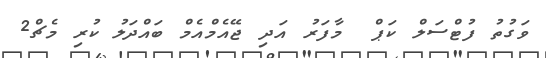
ވަގުތު ފުޓްސަލް ކަޕް  މާފަރު އަދި ޖޭއެމްއެމް ބައްދަލު ކުރި މެޗް2